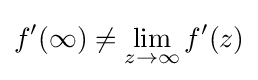
f'(\infty )\neq \lim _{z\to \infty }f'(z)